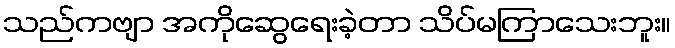
သည်ကဗျာ အကိုဆွေရေးခဲ့တာ သိပ်မကြာသေးဘူး။